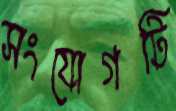
সংযোগটি